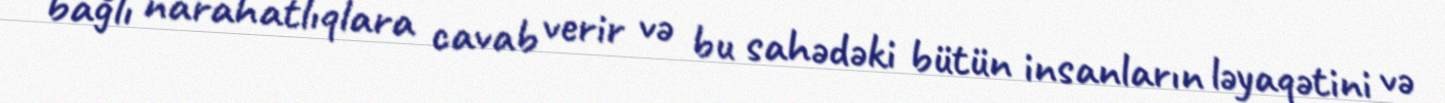
bağlı narahatlıqlara cavab verir və bu sahədəki bütün insanların ləyaqətini və